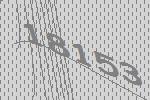
18153